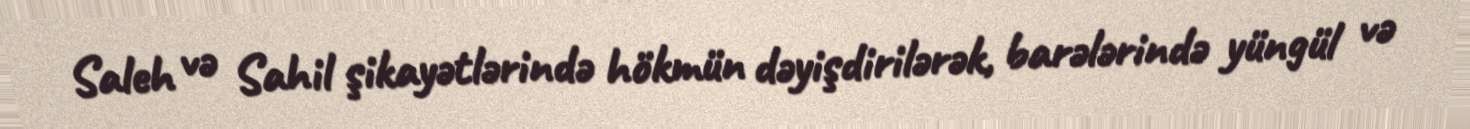
Saleh və Sahil şikayətlərində hökmün dəyişdirilərək, barələrində yüngül və